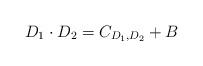
LaTeX: \begin{align*} D_1 \cdot D_2 = C_{D_1,D_2} + B\end{align*}